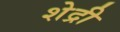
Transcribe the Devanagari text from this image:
शेद्री